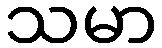
သမာ